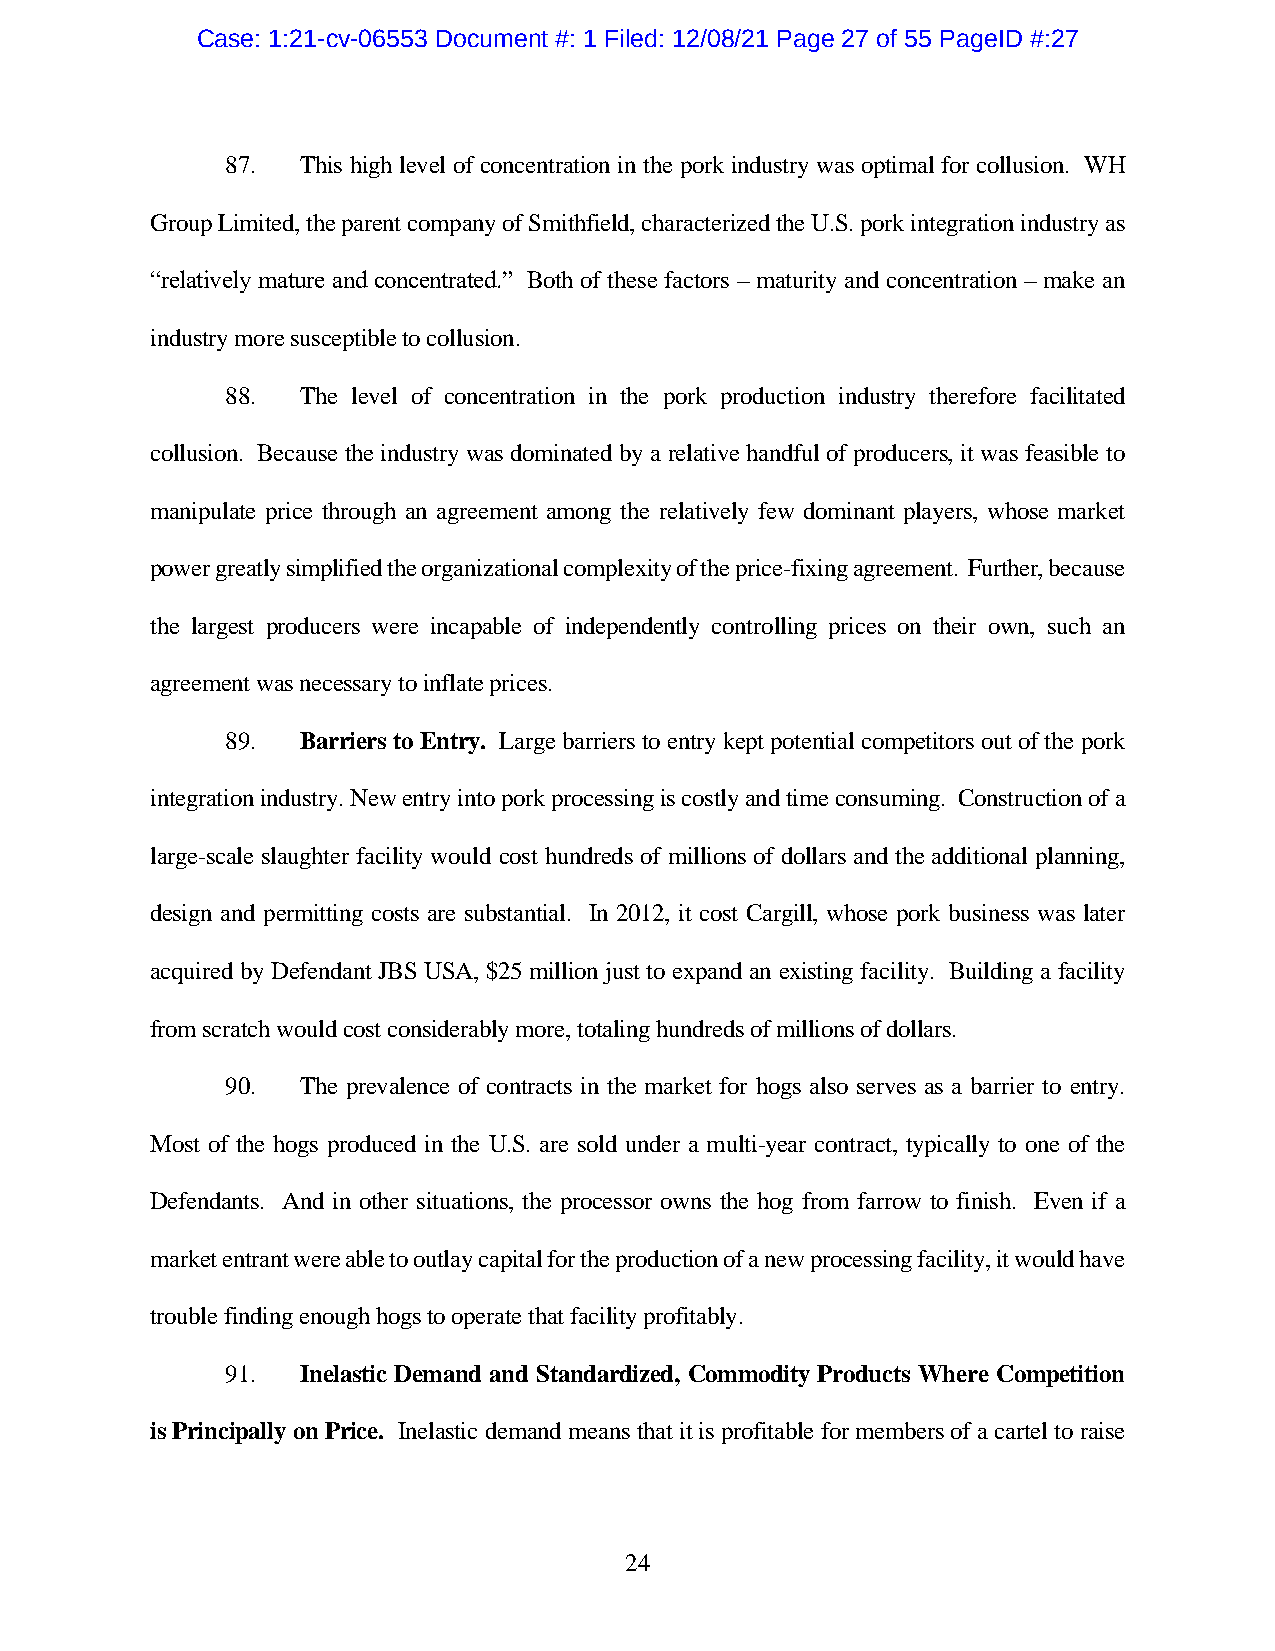
Case: 1:21-cv-06553 Document #: 1 Filed: 12/08/21 Page 27 of 55 PageID #:27
 87.  This high level of concentration in the pork industry was optimal for collusion. WH
 Group Limited, the parent company of Smithfield, characterized the U.S. pork integration industry as
 “relatively mature and concentrated.” Both of these factors – maturity and concentration – make an
 industry more susceptible to collusion.
 88.  The level of concentration in the pork production industry therefore facilitated
 collusion. Because the industry was dominated by a relative handful of producers, it was feasible to
 manipulate price through an agreement among the relatively few dominant players, whose market
 power greatly simplified the organizational complexity of the price-fixing agreement. Further, because
 the largest producers were incapable of independently controlling prices on their own, such an
 agreement was necessary to inflate prices.
 89.  Barriers to Entry. Large barriers to entry kept potential competitors out of the pork
 integration industry. New entry into pork processing is costly and time consuming. Construction of a
 large-scale slaughter facility would cost hundreds of millions of dollars and the additional planning,
 design and permitting costs are substantial. In 2012, it cost Cargill, whose pork business was later
 acquired by Defendant JBS USA, $25 million just to expand an existing facility. Building a facility
 from scratch would cost considerably more, totaling hundreds of millions of dollars.
 90.  The prevalence of contracts in the market for hogs also serves as a barrier to entry.
 Most of the hogs produced in the U.S. are sold under a multi-year contract, typically to one of the
 Defendants. And in other situations, the processor owns the hog from farrow to finish. Even if a
 market entrant were able to outlay capital for the production of a new processing facility, it would have
 trouble finding enough hogs to operate that facility profitably.
 91.  Inelastic Demand and Standardized, Commodity Products Where Competition
 is Principally on Price. Inelastic demand means that it is profitable for members of a cartel to raise
 24